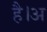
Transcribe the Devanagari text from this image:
है।अ